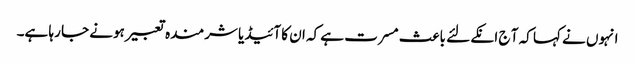
انہوں نے کہا کہ آ ج انکے لئے باعث مسرت ہے کہ ان کا آئیڈیا شرمندہ تعبیر ہونے جا رہا ہے۔